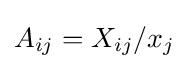
A_{ij}=X_{ij}/x_{j}